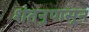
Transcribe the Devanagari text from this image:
शंतनुपासून